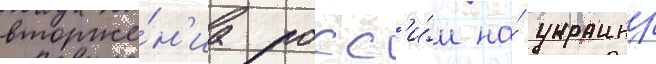
вторже́н'иа росс'и́и на́ украину